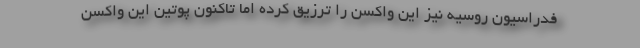
فدراسیون روسیه نیز این واکسن را ترزیق کرده اما تاکنون پوتین این واکسن